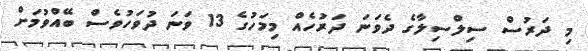
މި ދަރުސް ސިލްސިލާގެ ދެވަނަ ދަރުހެއް މިމަހުގެ 13 ވަނަ ދުވަހުވެސް ބޭއްވުމަށް